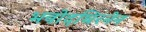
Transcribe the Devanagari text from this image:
भवोदधिरनेन